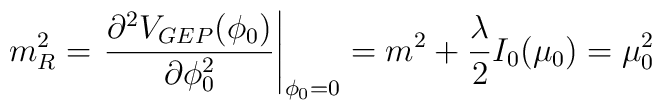
m^2_R= \left. \frac {\partial^2 V_{GEP}(\phi_0)} { \partial \phi_0^2} \right|_{\phi_0=0} = m^2 + {{\lambda}\over 2} I_0(\mu_0) = \mu_0^2